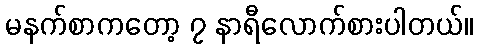
မနက်စာကတော့ ၇ နာရီလောက်စားပါတယ်။